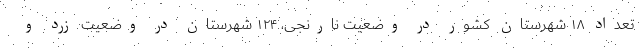
تعداد ۱۸ شهرستان کشور در وضعیت نارنجی، ۱۲۴ شهرستان در وضعیت زرد و